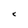
Character: C